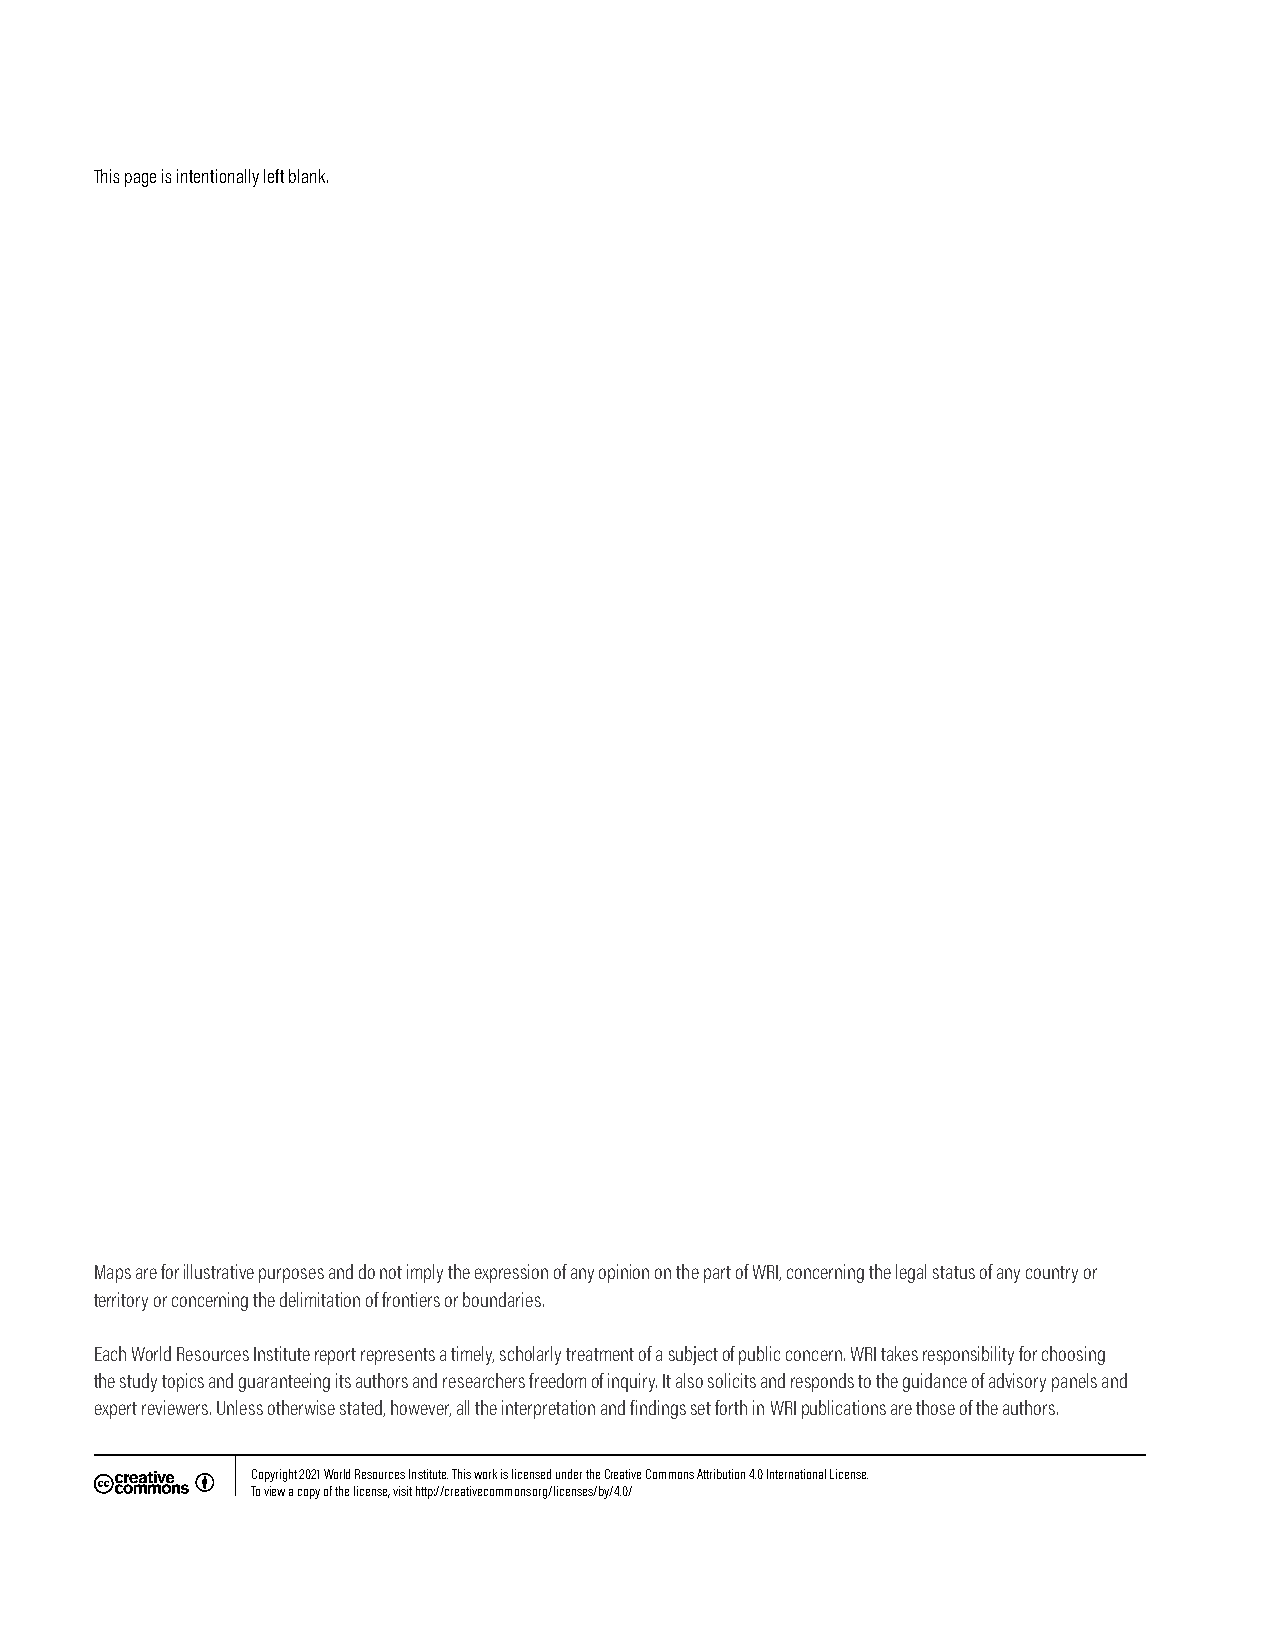
This page is intentionally left blank.
 Maps are for illustrative purposes and do not imply the expression of any opinion on the part of WRI, concerning the legal status of any country or
 territory or concerning the delimitation of frontiers or boundaries.
 Each World Resources Institute report represents a timely, scholarly treatment of a subject of public concern. WRI takes responsibility for choosing
 the study topics and guaranteeing its authors and researchers freedom of inquiry. It also solicits and responds to the guidance of advisory panels and
 expert reviewers. Unless otherwise stated, however, all the interpretation and findings set forth in WRI publications are those of the authors.
 Copyright 2021 World Resources Institute. This work is licensed under the Creative Commons Attribution 4.0 International License.
 To view a copy of the license, visit http://creativecommons.org/licenses/by/4.0/
 PRACTICE NOTE ▪ SYNERGIZING LAND VALUE CAPTURE AND TRANSIT-ORIENTED DEVELOPMENT: A STUDY OF BENGALURU METRO 51